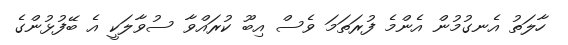
ހާލަތު އެނގުމުން އެންމެ ފުރަތަމަ ވެސް އިބޫ ކުރައްވާ ސުވާލަކީ އެ ބޭފުޅުންގެ